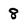
Character: 8